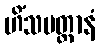
ဟိံသမတ္တာနံ